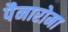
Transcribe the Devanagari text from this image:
पैनारोमा